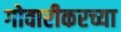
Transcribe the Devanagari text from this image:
गोवारीकरच्या